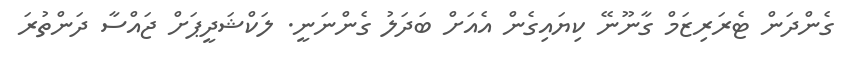
ގެންދަން ޓެރަރިޒަމް ގާނޫނޭ ކިޔައިގެން އެއަށް ބަދަލު ގެންނަނީ. ލަކްޝަދީޕަށް ޖައްސާ ދަންތުރަ